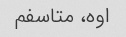
اوه، متاسفم